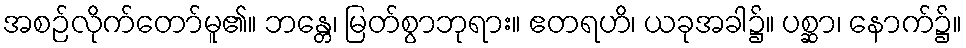
အစဉ်လိုက်တော်မူ၏။ ဘန္တေ၊ မြတ်စွာဘုရား။ ဧတရဟိ၊ ယခုအခါ၌။ ပစ္ဆာ၊ နောက်၌။